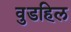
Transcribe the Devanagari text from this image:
वुडहिल